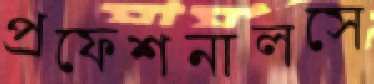
প্রফেশনালসে